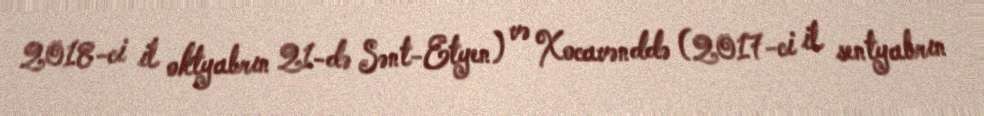
2018-ci il oktyabrın 21-də Sənt-Etyen) və Xocavənddə (2017-ci il sentyabrın